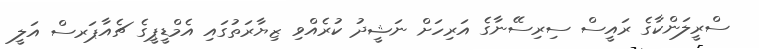
ސްރީލަންކާގެ ރައީސް ސިރިސޭނާގެ އަރިހަށް ނަޝީދު ކުރެއްވި ޒިޔާރަތުގައި އެމްޑީޕީގެ ޗެއާޕަރސް އަލީ